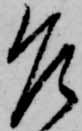
乍